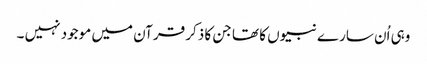
وہی اُن سارے نبیوں کا تھا جن کا ذکر قرآن میں موجود نہیں ۔